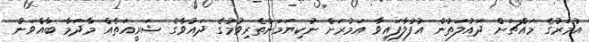
އުމަރުގެ މައްޗަށް ދައުލަތުން އުފުލާފައިވާ އަމުރަށް ނުކިޔަމަންތެރިވުމުގެ ދައުވާގެ ޝަރީއަތެއް މާދަމާ ބާއްވަން